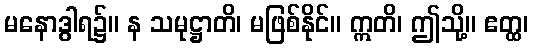
မနောဒွါရ၌။ န သမုဋ္ဌာတိ၊ မဖြစ်နိုင်။ ဣတိ၊ ဤသို့။ ဧတ္ထ၊